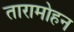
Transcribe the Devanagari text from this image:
तारामोहन